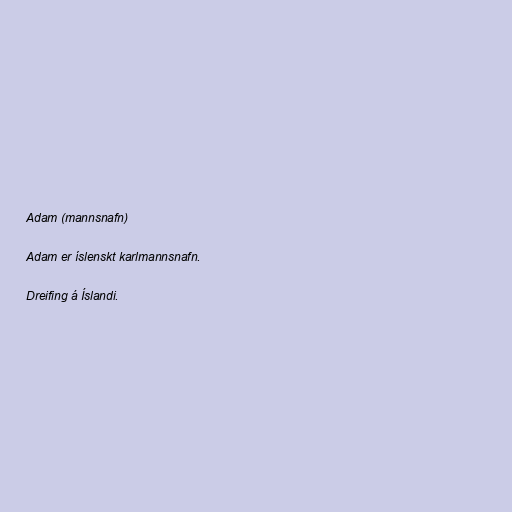
Adam (mannsnafn)

Adam er íslenskt karlmannsnafn.

Dreifing á Íslandi.